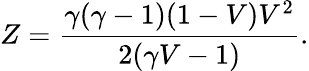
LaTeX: Z={\frac{\gamma(\gamma-1)(1-V)V^{2}}{2(\gamma V-1)}}.